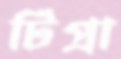
টিপ্রা